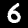
Digit: 6